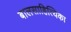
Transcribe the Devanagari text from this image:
बालसाहित्यिका